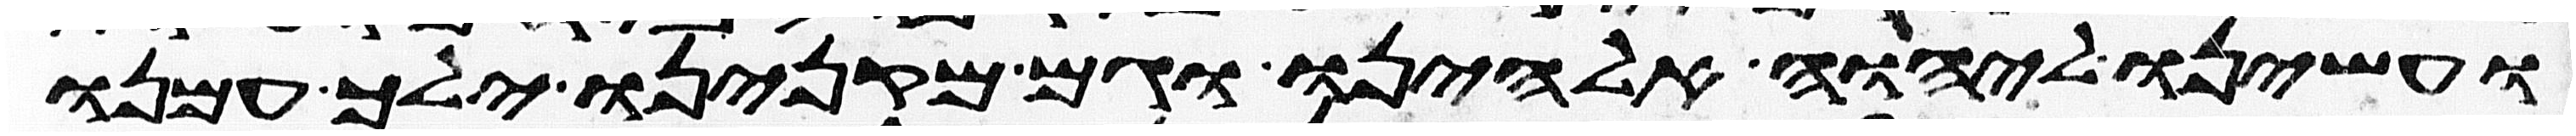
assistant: ועשינו ליהוה אלהינו וגם מקנינו ילך עמנו